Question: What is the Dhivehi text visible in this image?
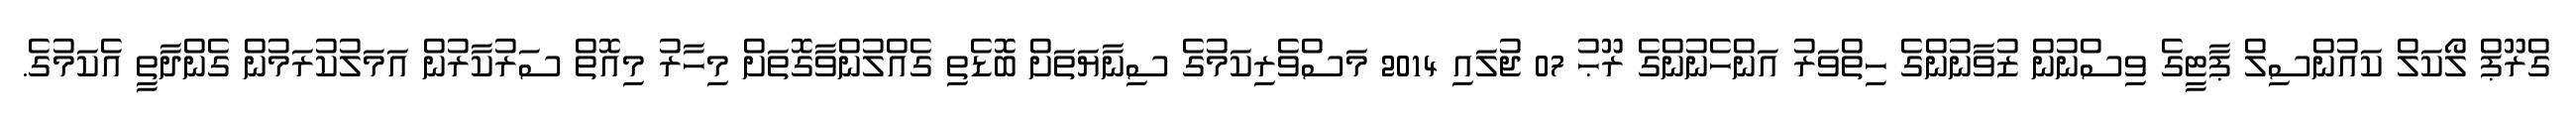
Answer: ގްރޫޕް ލޯކަލް ކައުންސިލް ޕާޓީގެ ވިސްނުން ޒުވާނުންގެ ހިތްވަރު އަންހެނުންގެ ރޫޙު 07 ޖުލައި 2014 މަސްވެރިކަމުގެ ސިނާޔަތަށް ބޮޑެތި ގެއްލުންވާގޮތަށް މިހާރު މިއޮތް ސަރުކާރުން އަމަލުކުރަމުން ގެންދާތީ އެކަމުގެ.